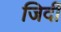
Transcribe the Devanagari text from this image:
जिर्दी